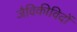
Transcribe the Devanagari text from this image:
जैविकीविदों